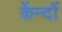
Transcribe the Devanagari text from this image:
केंन्दों